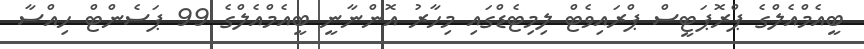
ބީއެމްއެލްގެ ޕްރޮޕަޓީސް ޕްރައިވެޓް ލިމިޓެޑްގައި މިހާރު އޮންނާނީ ބީއެމްއެލްގެ 99 ޕަސެންޓް ހިއްސާ